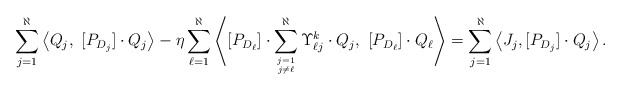
\begin{align*}\sum_{j=1}^{\aleph}\left\langle Q_j, \ [P_{D_j}] \cdot Q_j \right\rangle-\eta \sum_{\ell=1}^{\aleph}\left\langle[P_{D_\ell}]\cdot\sum_{j=1 \atop j \neq \ell}^{\aleph}\Upsilon_{\ell j}^k\cdot Q_j, \ [P_{D_\ell}] \cdot Q_\ell\right\rangle= \sum_{j=1}^{\aleph}\left\langle J_j, [P_{D_j}] \cdot Q_j \right\rangle.\end{align*}